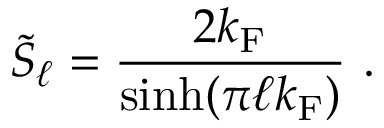
\tilde { S } _ { \ell } = \frac { 2 k _ { \mathrm { F } } } { \sinh ( \pi \ell k _ { \mathrm { F } } ) } \ .